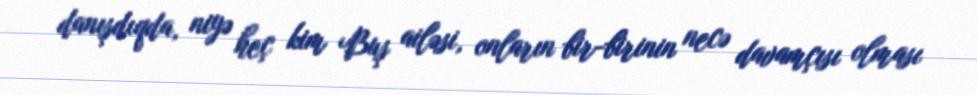
danışdıqda, niyə heç kim Buş ailəsi, onların bir-birinin necə davamçısı olması